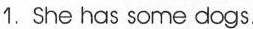
1. She has some dogs.